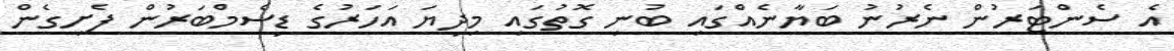
އެ ސެންޓަރުން ނެރުނު ބަޔާނެއްގައި ބުނި ގޮތުގައި މިދިޔަ އަހަރުގެ ޑިސެމްބަރުން ފެށިގެން